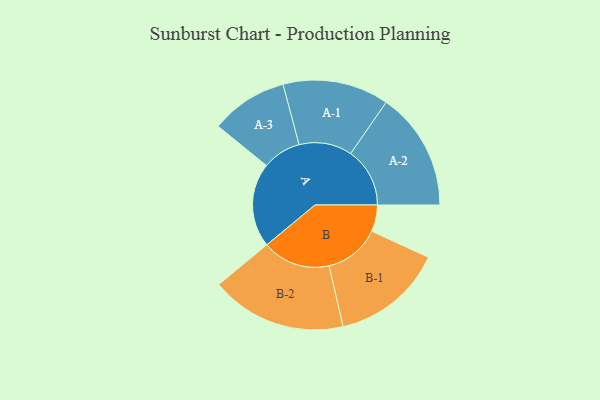
{"axis": {"x": "Segment", "y": "Value"}, "legend": ["", "A", "B"], "data": [{"x": "A", "y": 327, "type": ""}, {"x": "B", "y": 103, "type": ""}, {"x": "A-1", "y": 206, "type": "A"}, {"x": "A-2", "y": 230, "type": "A"}, {"x": "A-3", "y": 150, "type": "A"}, {"x": "B-1", "y": 217, "type": "B"}, {"x": "B-2", "y": 264, "type": "B"}]}